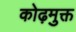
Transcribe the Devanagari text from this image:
कोढ़मुक्त